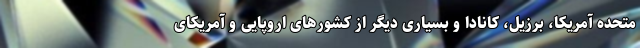
متحده آمریکا، برزیل، کانادا و بسیاری دیگر از کشورهای اروپایی و آمریکای